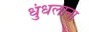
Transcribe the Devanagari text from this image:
धुंधलाना